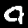
Digit: 4